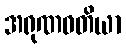
အရုဏဝတိယာ